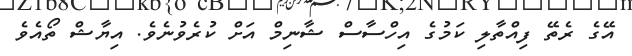
އޭގެ ރެތޭ ފިއްތާލި ކަމުގެ އިހްސާސް ޝާނިމް އަށް ކުރެވުނެވެ. އިޔާޝް ތޯއެވެ